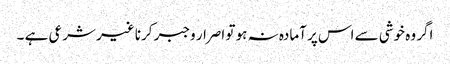
اگر وہ خوشی سے اس پر آمادہ نہ ہو تو اصرار وجبر کرنا غیر شرعی ہے ۔